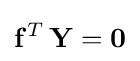
\mathbf {f} ^{T}\,\mathbf {Y} =\mathbf {0}